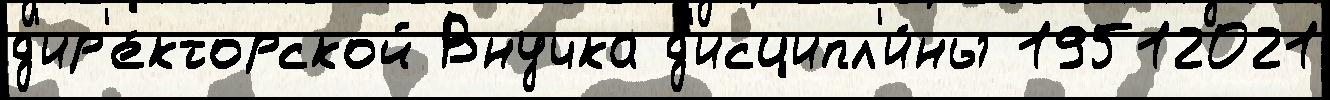
д'ир'е́кторской Внучка д'исципл'и́ны 19512021